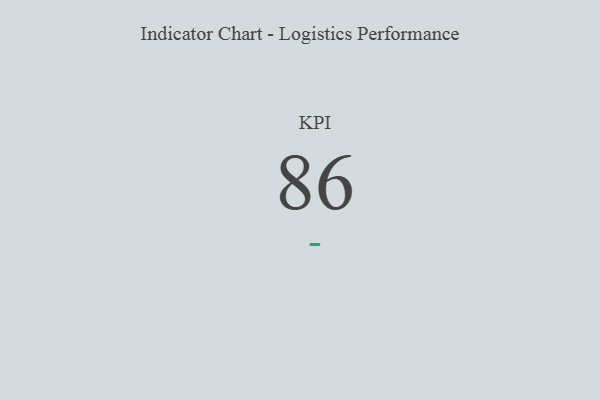
{"axis": {"x": "KPI", "y": "Value"}, "legend": [""], "data": [{"x": "KPI", "y": 86, "type": ""}]}